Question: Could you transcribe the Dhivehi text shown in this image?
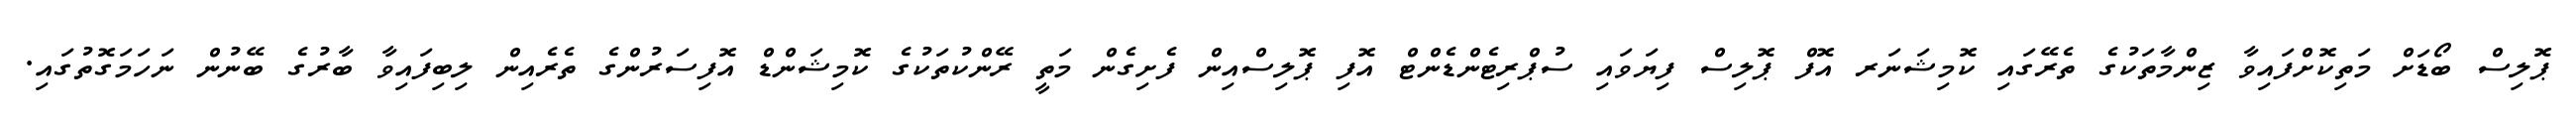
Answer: ޕޮލިސް ބޯޑަށް މަތިކޮށްފައިވާ ޒިންމާތަކުގެ ތެރޭގައި ކޮމިޝަނަރ އޮފް ޕޮލިސް ފިޔަވައި ސުޕްރިޓެންޑެންޓް އޮފި ޕޮލިސްއިން ފެށިގެން މަތީ ރޭންކުތަކުގެ ކޮމިޝަންޑް އޮފިސަރުންގެ ތެރެއިން ލިބިފައިވާ ބާރުގެ ބޭނުން ނަހަމަގޮތުގައި.